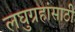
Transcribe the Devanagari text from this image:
लघुग्रहांसाठी